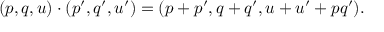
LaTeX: ( p , q , u ) \cdot ( p ^ { \prime } , q ^ { \prime } , u ^ { \prime } ) = ( p + p ^ { \prime } , q + q ^ { \prime } , u + u ^ { \prime } + p q ^ { \prime } ) .